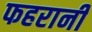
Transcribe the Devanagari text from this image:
फहरानी